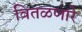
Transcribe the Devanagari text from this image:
वितळणारे